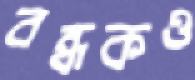
বন্ধকও